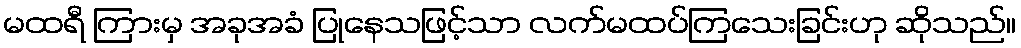
မထရီ ကြားမှ အခုအခံ ပြုနေသဖြင့်သာ လက်မထပ်ကြသေးခြင်းဟု ဆိုသည်။